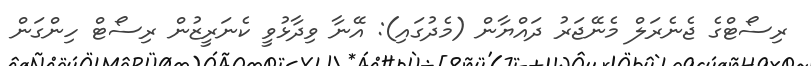
ރިސޯޓްގެ ޖެނެރަލް މެނޭޖަރު ދައްޔާން (މެދުގައި): އޭނާ ވިދާޅުވީ ކެނަރީޒުން ރިސޯޓް ހިންގަން